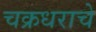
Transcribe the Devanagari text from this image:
चक्रधराचे